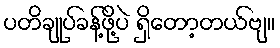
ပတိချုပ်ခန့်ဖို့ပဲ ရှိတော့တယ်ဗျ။